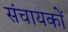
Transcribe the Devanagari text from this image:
संचायकों